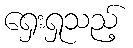
ရှေးရှုသည့်